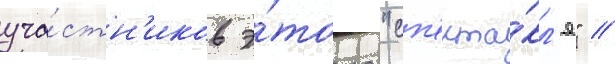
уча́стн'иков э́того "сп'екта́кл'я" //